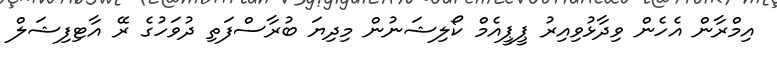
އިމްރާން އެހެން ވިދާޅުވިއިރު ޕީޕީއެމް ކޯލިޝަނުން މިދިޔަ ބުރާސްފަތި ދުވަހުގެ ރޭ އާޓިފިޝަލް